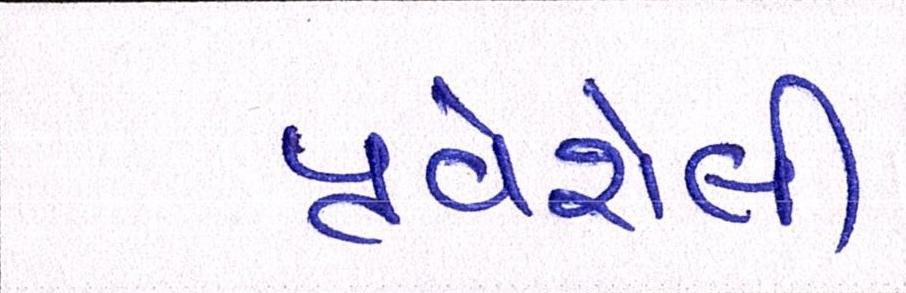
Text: પ્રવેશેલી